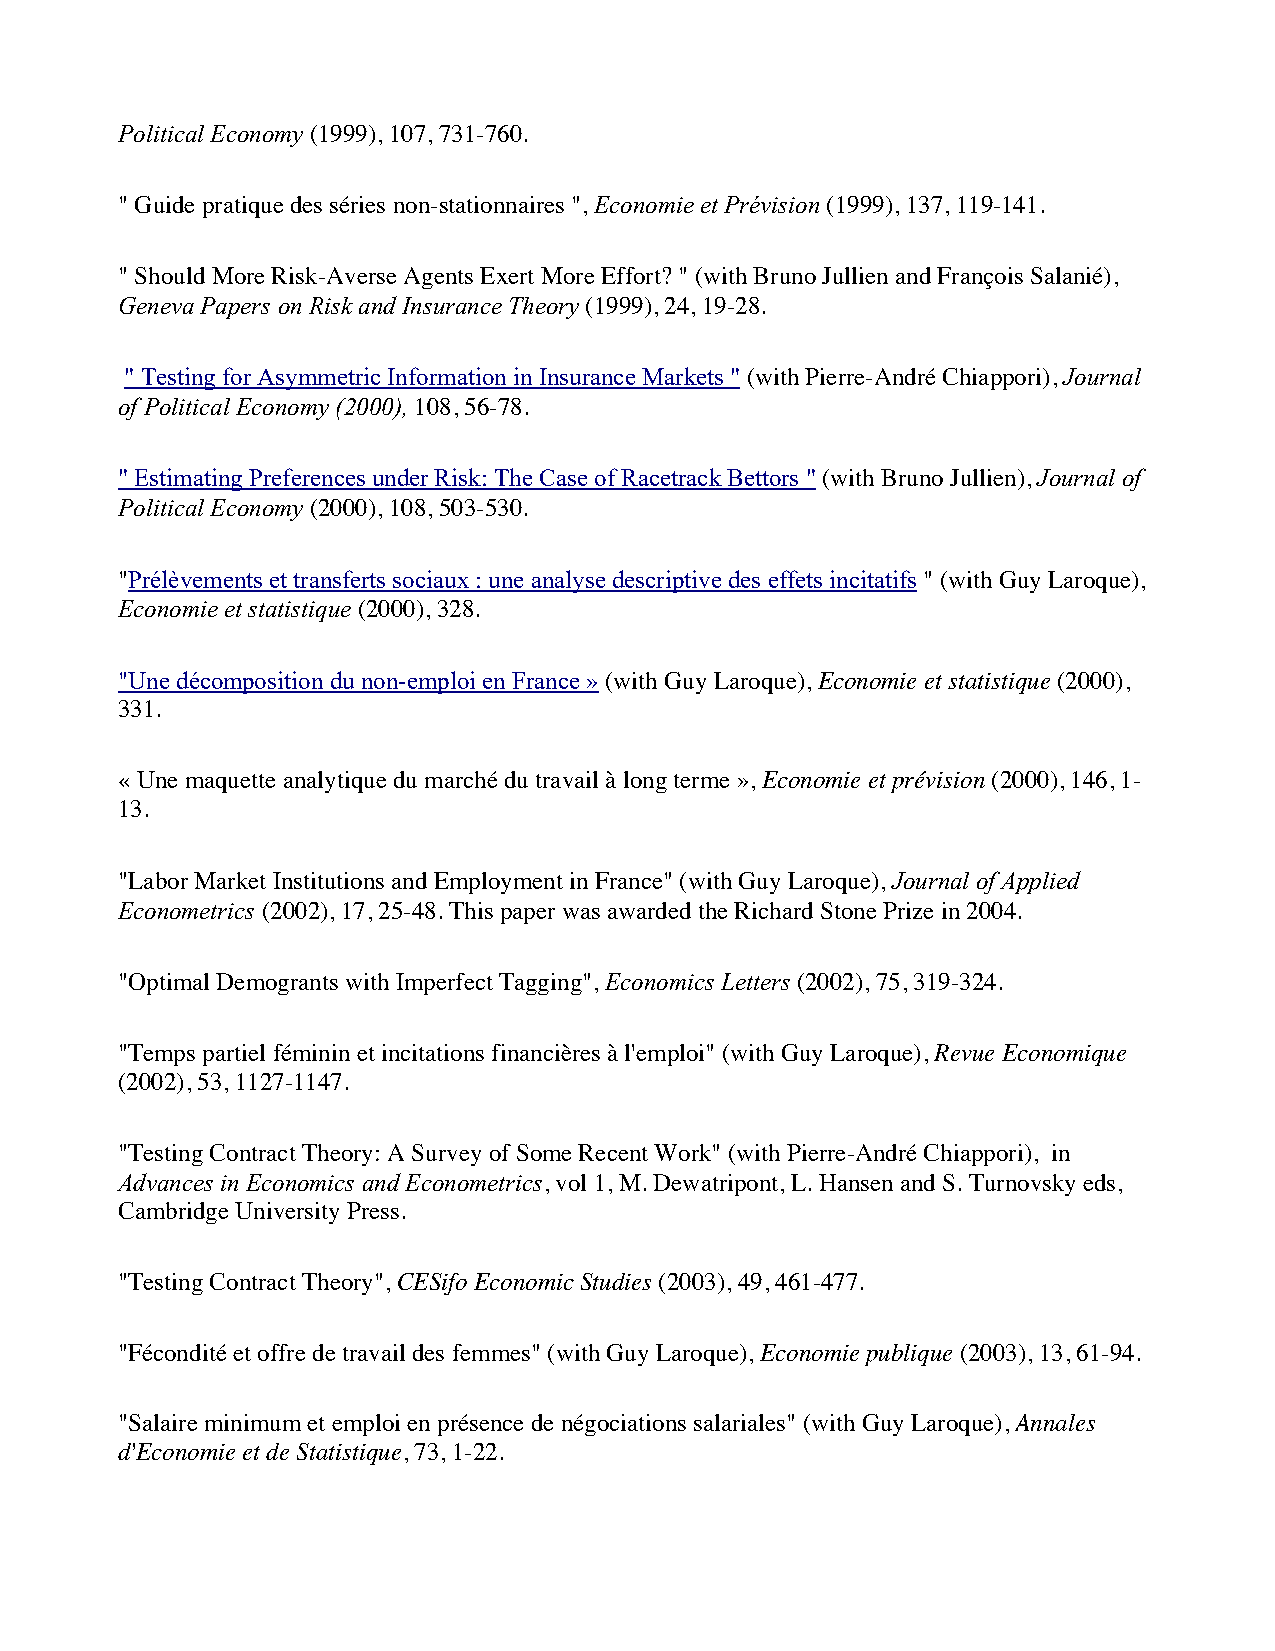
Political Economy (1999), 107, 731-760.
 " Guide pratique des séries non-stationnaires ", Economie et Prévision (1999), 137, 119-141.
 " Should More Risk-Averse Agents Exert More Effort? " (with Bruno Jullien and François Salanié),
 Geneva Papers on Risk and Insurance Theory (1999), 24, 19-28.
 " Testing for Asymmetric Information in Insurance Markets " (with Pierre-André Chiappori), Journal
 of Political Economy (2000), 108, 56-78.
 " Estimating Preferences under Risk: The Case of Racetrack Bettors " (with Bruno Jullien), Journal of
 Political Economy (2000), 108, 503-530.
 "Prélèvements et transferts sociaux : une analyse descriptive des effets incitatifs " (with Guy Laroque),
 Economie et statistique (2000), 328.
 "Une décomposition du non-emploi en France » (with Guy Laroque), Economie et statistique (2000),
 331.
 « Une maquette analytique du marché du travail à long terme », Economie et prévision (2000), 146, 1-
 13.
 "Labor Market Institutions and Employment in France" (with Guy Laroque), Journal of Applied
 Econometrics (2002), 17, 25-48. This paper was awarded the Richard Stone Prize in 2004.
 "Optimal Demogrants with Imperfect Tagging", Economics Letters (2002), 75, 319-324.
 "Temps partiel féminin et incitations financières à l'emploi" (with Guy Laroque), Revue Economique
 (2002), 53, 1127-1147.
 "Testing Contract Theory: A Survey of Some Recent Work" (with Pierre-André Chiappori), in
 Advances in Economics and Econometrics, vol 1, M. Dewatripont, L. Hansen and S. Turnovsky eds,
 Cambridge University Press.
 "Testing Contract Theory", CESifo Economic Studies (2003), 49, 461-477.
 "Fécondité et offre de travail des femmes" (with Guy Laroque), Economie publique (2003), 13, 61-94.
 "Salaire minimum et emploi en présence de négociations salariales" (with Guy Laroque), Annales
 d'Economie et de Statistique, 73, 1-22.